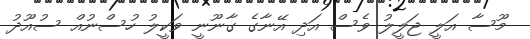
މޫސާ އަލީ ޖަލީލު ވެސް އަދި އޭނާގެ ގާނޫނީ ވަކީލު ހުސްނުއް ސުއޫދު